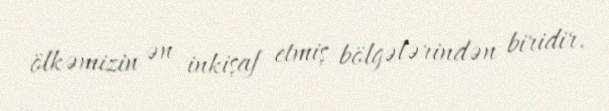
ölkəmizin ən inkişaf etmiş bölgələrindən biridir.